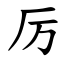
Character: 厉